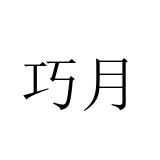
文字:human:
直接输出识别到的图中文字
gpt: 巧月